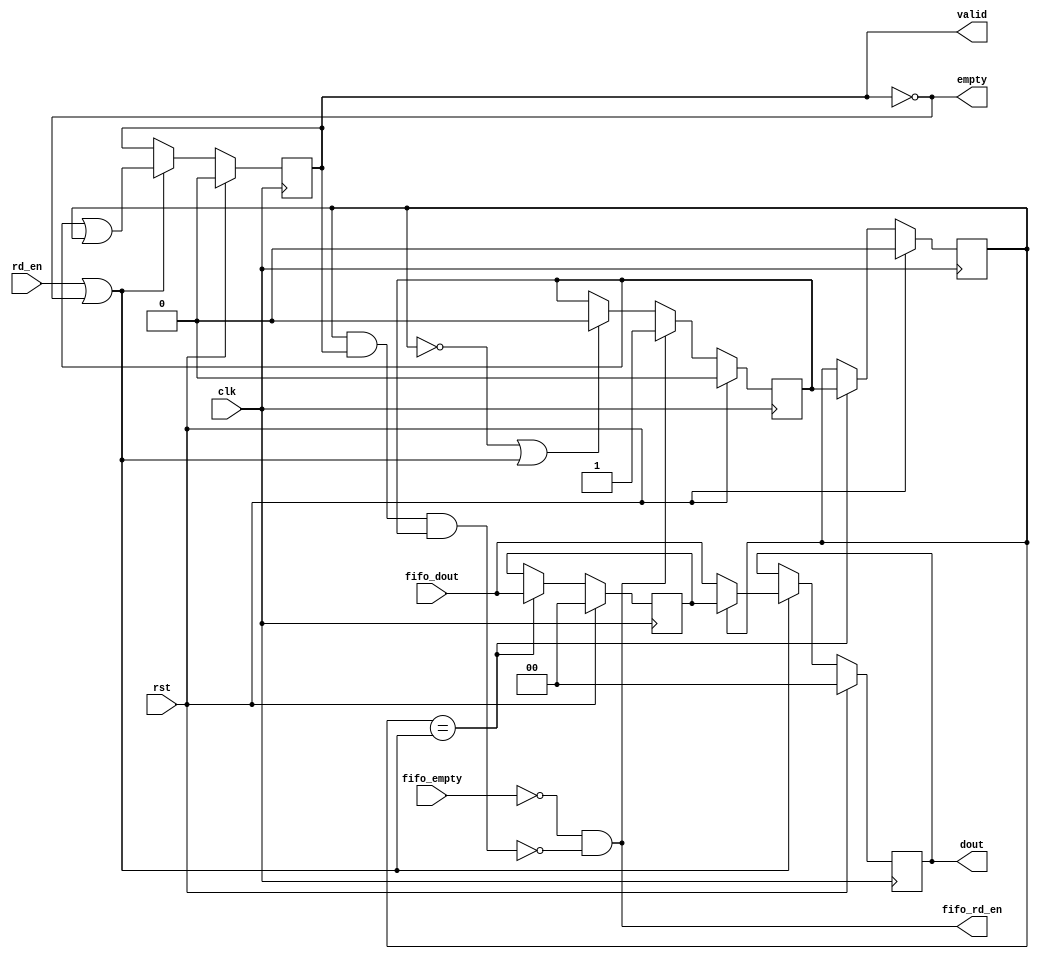
module fifo_fwft_adapter # (
	parameter DATA_WIDTH = 0
) (
	input  wire                  clk,
	input  wire                  rst,
	input  wire                  rd_en,
	input  wire                  fifo_empty,
	output wire                  fifo_rd_en,
	input  wire [DATA_WIDTH-1:0] fifo_dout,
	output reg  [DATA_WIDTH-1:0] dout,
	output wire                  empty,
	output wire                  valid
);

	reg 		     fifo_valid, middle_valid, dout_valid;
	reg [DATA_WIDTH-1:0] middle_dout;

	assign fifo_rd_en = (!fifo_empty) && !(middle_valid && dout_valid && fifo_valid);
	assign empty      = !dout_valid;
	assign valid      = dout_valid;

	wire next_dout;
	assign next_dout = (rd_en || !dout_valid);

	always @(posedge clk) begin
		if (rst) begin
			fifo_valid   <= 0;
			middle_valid <= 0;
			middle_dout  <= 0;
			dout_valid   <= 0;
			dout         <= 0;
		end
		else begin
			if (fifo_rd_en)
				fifo_valid <= 1;
			else if (!middle_valid || next_dout)
				fifo_valid <= 0;

			if (middle_valid == next_dout) begin
				middle_valid <= fifo_valid;
				middle_dout  <= fifo_dout;
			end

			if (next_dout) begin
				dout_valid <= (fifo_valid || middle_valid);
				dout       <= (middle_valid ? middle_dout : fifo_dout);
			end
		end
	end

endmodule